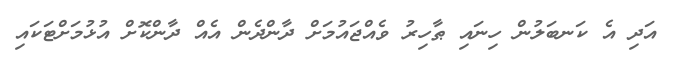
އަދި އެ ކަނބަލުން ހިނައި ޠާހިރު ވެއްޖައުމަށް ދާންދެން އެއް ދާންކޮށް އުޅުމަށްޓަކައި